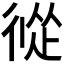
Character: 𢔩